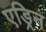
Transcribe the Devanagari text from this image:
एड्रिन